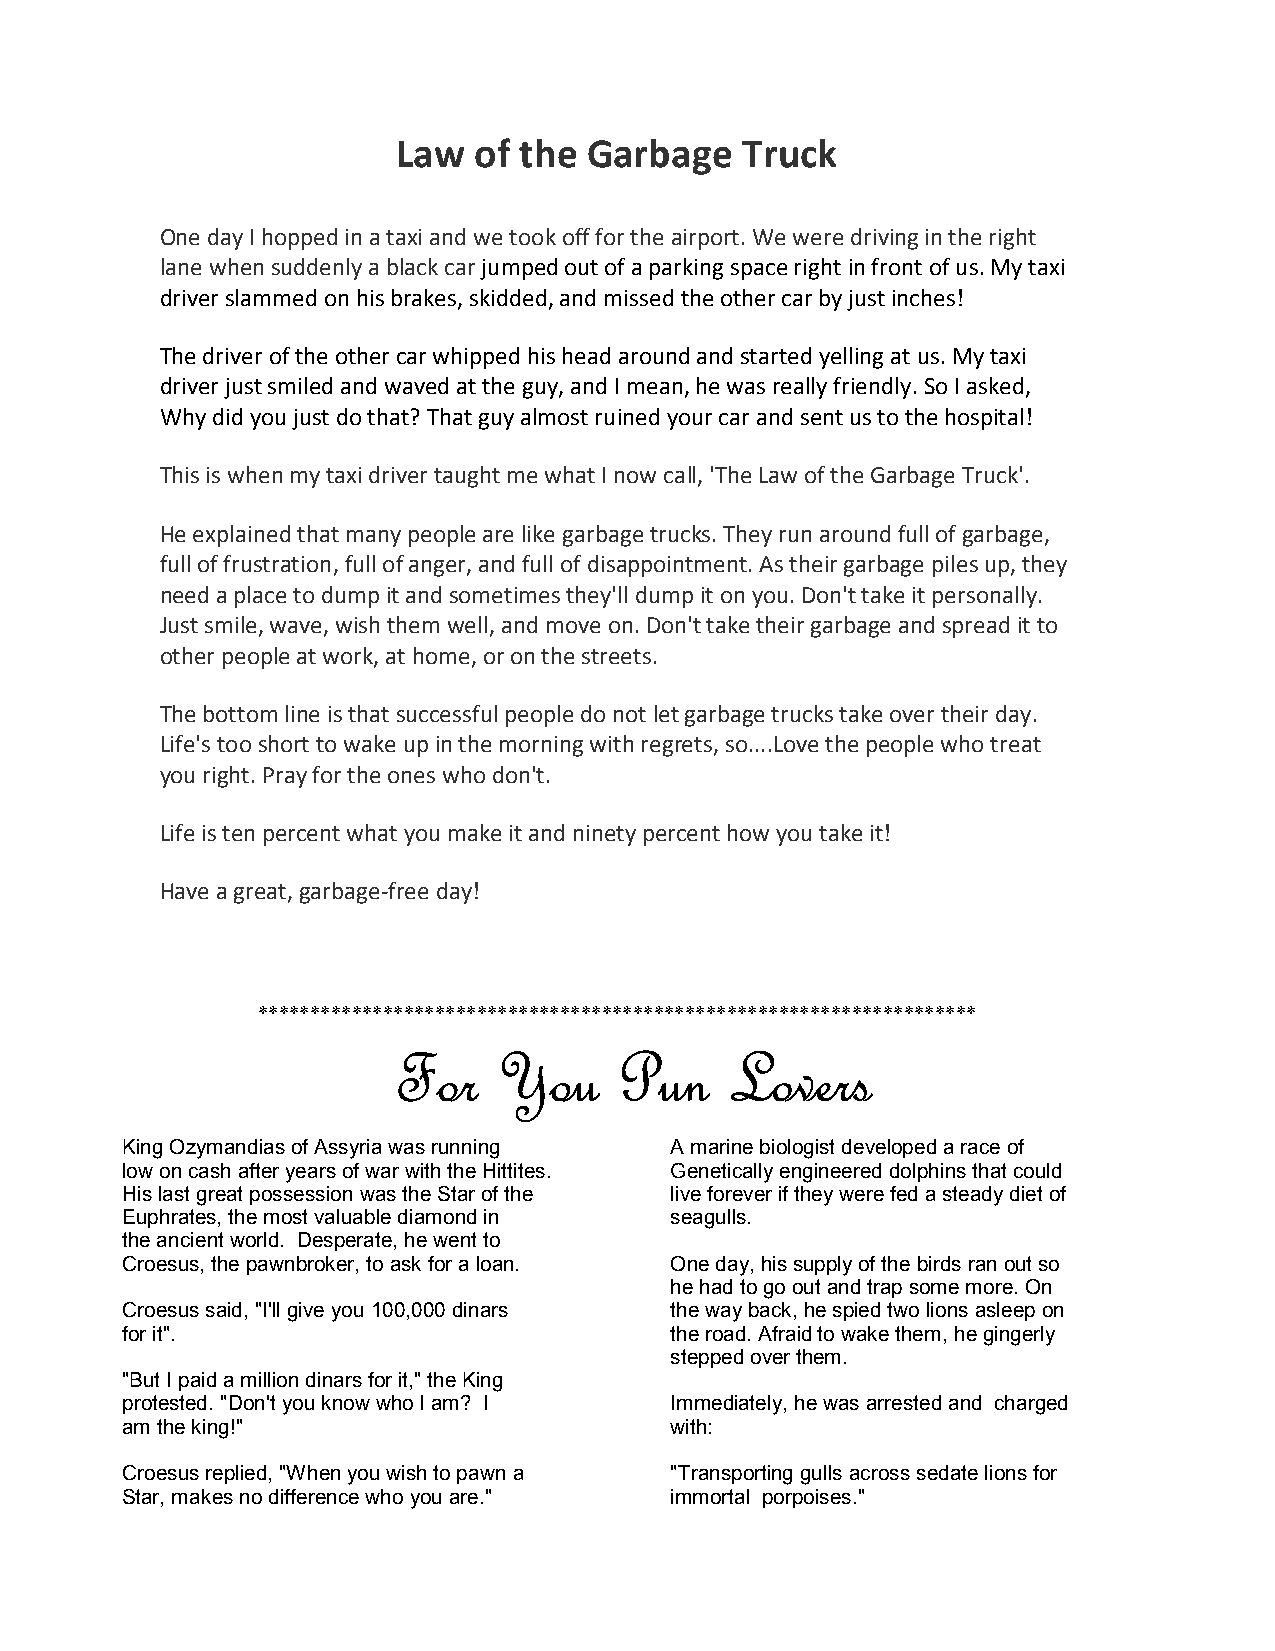
Law  of the  Garbage   Truck
 One day I hopped in a taxi and we took off for the airport. We were driving in the right
 lane when suddenly a black car jumped out of a parking space right in front of us. My taxi
 driver slammed on his brakes, skidded, and missed the other car by just inches!
 The driver of the other car whipped his head around and started yelling at us. My taxi
 driver just smiled and waved at the guy, and I mean, he was really friendly. So I asked,
 Why did you just do that? That guy almost ruined your car and sent us to the hospital!
 This is when my taxi driver taught me what I now call, 'The Law of the Garbage Truck'.
 He explained that many people are like garbage trucks. They run around full of garbage,
 full of frustration, full of anger, and full of disappointment. As their garbage piles up, they
 need a place to dump it and sometimes they'll dump it on you. Don't take it personally.
 Just smile, wave, wish them well, and move on. Don't take their garbage and spread it to
 other people at work, at home, or on the streets.
 The bottom line is that successful people do not let garbage trucks take over their day.
 Life's too short to wake up in the morning with regrets, so....Love the people who treat
 you right. Pray for the ones who don't.
 Life is ten percent what you make it and ninety percent how you take it!
 Have a great, garbage-free day!
 *********************************************************************
 FFFFoooorrrr YYYYoooouuuu PPPPuuuunnnn LLLLoooovvvveeeerrrrssss
 King Ozymandias of Assyria was running A marine biologist developed a race of
 low on cash after years of war with the Hittites. Genetically engineered dolphins that could
 His last great possession was the Star of the live forever if they were fed a steady diet of
 Euphrates, the most valuable diamond in seagulls.
 the ancient world. Desperate, he went to
 Croesus, the pawnbroker, to ask for a loan. One day, his supply of the birds ran out so
 he had to go out and trap some more. On
 Croesus said, "I'll give you 100,000 dinars the way back, he spied two lions asleep on
 for it".                            the road. Afraid to wake them, he gingerly
 stepped over them.
 "But I paid a million dinars for it," the King
 protested. "Don't you know who I am? I Immediately, he was arrested and charged
 am the king!"                       with:
 Croesus replied, "When you wish to pawn a "Transporting gulls across sedate lions for
 Star, makes no difference who you are." immortal porpoises."